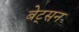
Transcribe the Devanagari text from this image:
बेट्सन